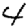
Digit: 4